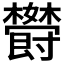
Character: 𬅏